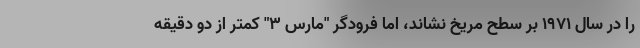
را در سال 1971 بر سطح مریخ نشاند، اما فرودگر "مارس 3" کمتر از دو دقیقه